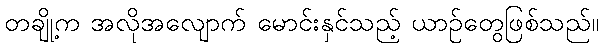
တချို့က အလိုအလျောက် မောင်းနှင်သည့် ယာဉ်တွေဖြစ်သည်။